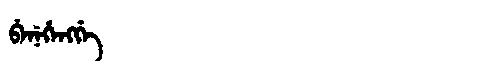
Manchu: ᠪᡝᠨᡝᡥᡝᠩᡤᡝ
Romanization: BENEHENGGE